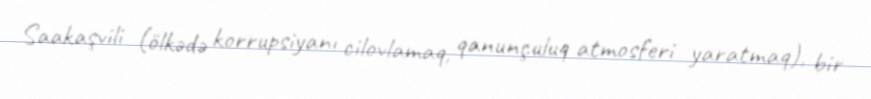
Saakaşvili (ölkədə korrupsiyanı cilovlamaq, qanunçuluq atmosferi yaratmaq), bir